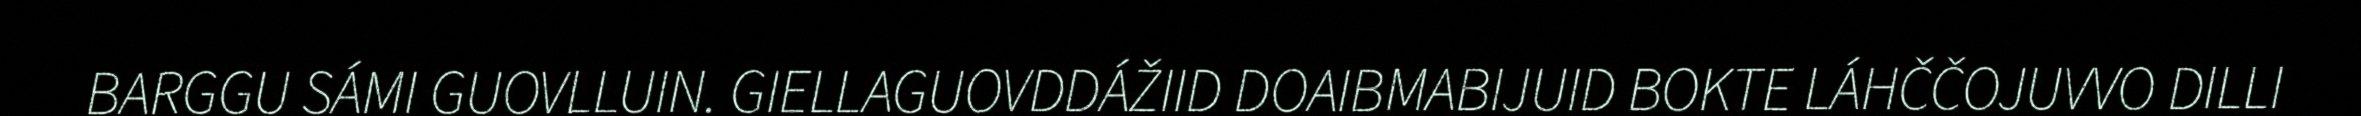
BARGGU SÁMI GUOVLLUIN. GIELLAGUOVDDÁŽIID DOAIBMABIJUID BOKTE LÁHČČOJUVVO DILLI